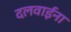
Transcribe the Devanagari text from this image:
दलवाईंना